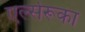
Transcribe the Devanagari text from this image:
एर्ल्सरूका